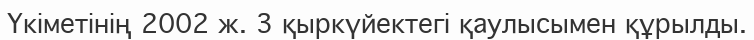
Үкіметінің 2002 ж. 3 қыркүйектегі қаулысымен құрылды.